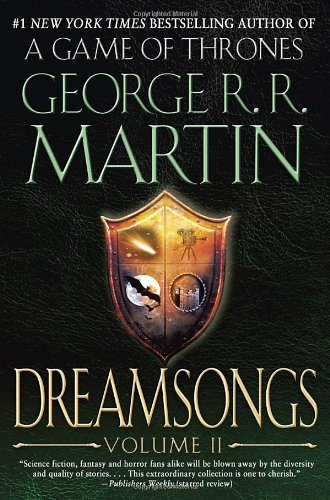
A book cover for Dreamsongs: Volume II; George R. R. Martin; Science Fiction & Fantasy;